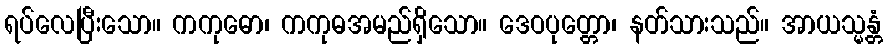
ရပ်လေပြီးသော။ ကကုဓော၊ ကကုဓအမည်ရှိသော။ ဒေဝပုတ္တော၊ နတ်သားသည်။ အာယသ္မန္တံ